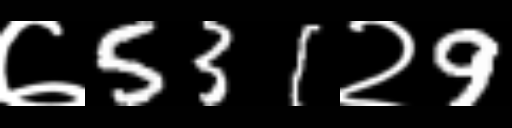
Text: ७531२9